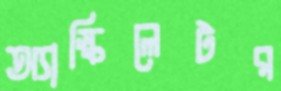
অ্যাস্কিলেটর